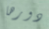
دورها